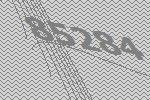
85284